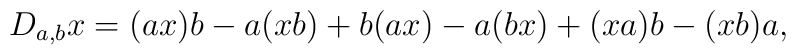
D_{a,b} x =  (ax)b - a(xb) + b(ax) - a(bx) + (xa)b - (xb)a,